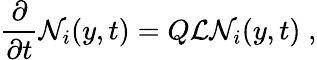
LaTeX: \frac{\partial}{\partial t}{\cal N}_{i}(y,t)=Q{\cal L}{\cal N}_{i}(y,t)\; ,